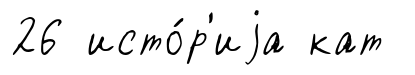
26 исто́р'иjа кат